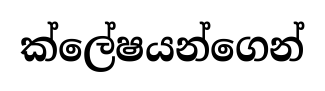
ක්ලේෂයන්ගෙන්